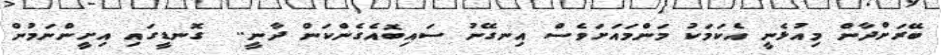
ބޭރަށްދާން މިއުޅެނީ އެކަމަކު މަންމައަށަވެސް އިނގޭނު ސައިބޮއެގެންކަން ދާނީ..  ގޮނޑީގައި އިށީންނަމުން